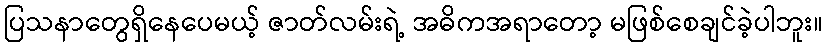
ပြသနာတွေရှိနေပေမယ့် ဇာတ်လမ်းရဲ့ အဓိကအရာတော့ မဖြစ်စေချင်ခဲ့ပါဘူး။